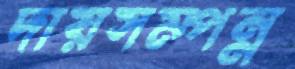
দায়সম্পন্ন